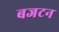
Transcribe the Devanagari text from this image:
बजटन